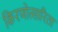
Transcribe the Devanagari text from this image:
किरणोत्सारिता